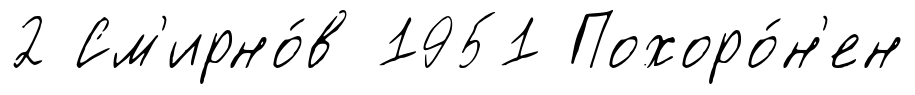
2 См'ирно́в 1951 Похоро́н'ен